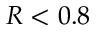
R < 0 . 8